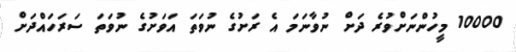
10000 މީހުންނަށްވުރެ ދަށް ނުވާނަމަ އެ ރަށުގެ ނުވަތަ އަވަށުގެ ނުވަތަ ސަރަހައްދަށް